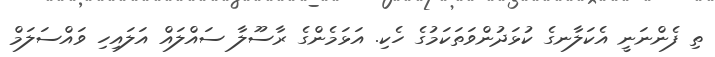
ތި ފެންނަނީ އެކަލާނގެ ކުޅަދުންވަތަކަމުގެ ހެކި. އަޅަމެންގެ ރާސޫލާ ސައްލައް އަލައިހި ވައްސަލަމް